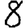
Digit: 8